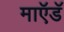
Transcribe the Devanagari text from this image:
माऍडॅ